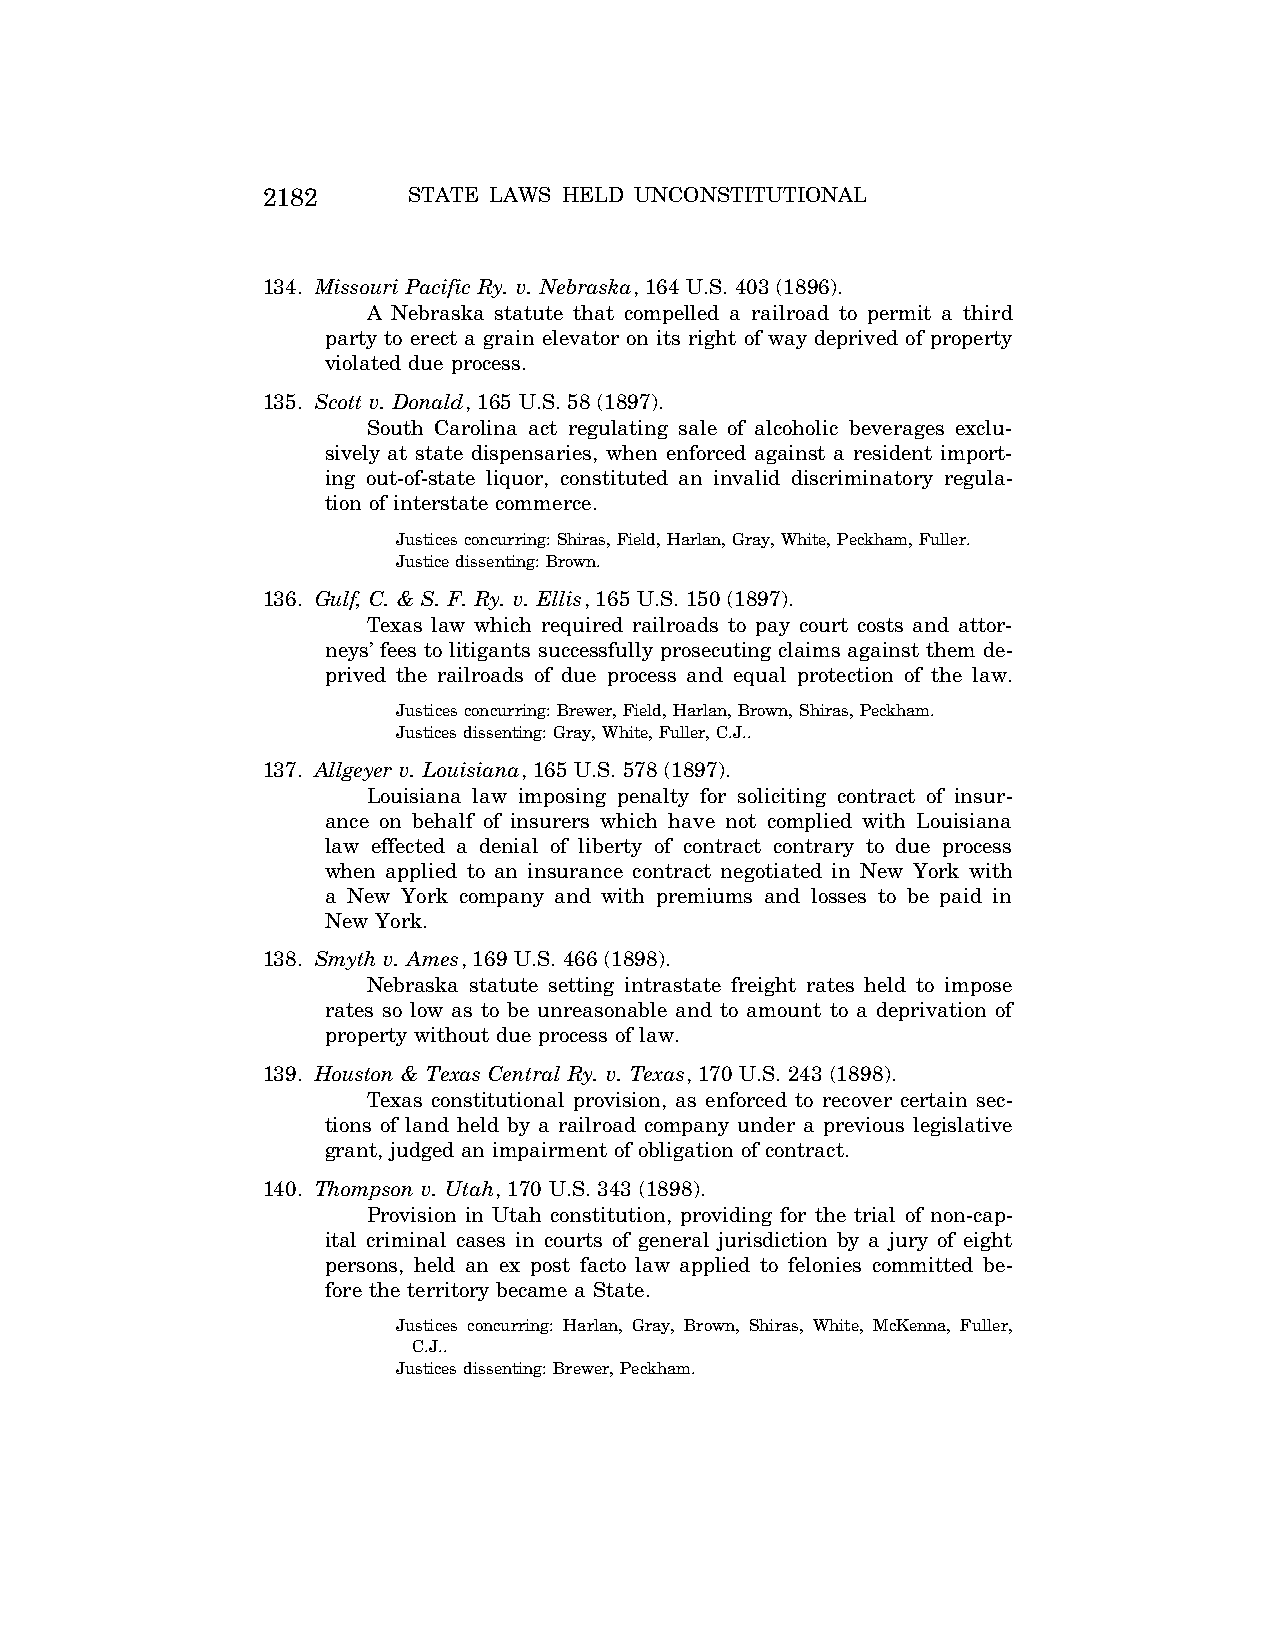
2182      STATE LAWS HELD UNCONSTITUTIONAL
 134. Missouri Pacific Ry. v. Nebraska, 164 U.S. 403 (1896).
 A Nebraska statute that compelled a railroad to permit a third
 party to erect a grain elevator on its right of way deprived of property
 violated due process.
 135. Scott v. Donald, 165 U.S. 58 (1897).
 South Carolina act regulating sale of alcoholic beverages exclu-
 sively at state dispensaries, when enforced against a resident import-
 ing out-of-state liquor, constituted an invalid discriminatory regula-
 tion of interstate commerce.
 Justices concurring: Shiras, Field, Harlan, Gray, White, Peckham, Fuller.
 Justice dissenting: Brown.
 136. Gulf, C. & S. F. Ry. v. Ellis, 165 U.S. 150 (1897).
 Texas law which required railroads to pay court costs and attor-
 neys’ fees to litigants successfully prosecuting claims against them de-
 prived the railroads of due process and equal protection of the law.
 Justices concurring: Brewer, Field, Harlan, Brown, Shiras, Peckham.
 Justices dissenting: Gray, White, Fuller, C.J..
 137. Allgeyer v. Louisiana, 165 U.S. 578 (1897).
 Louisiana law imposing penalty for soliciting contract of insur-
 ance on behalf of insurers which have not complied with Louisiana
 law effected a denial of liberty of contract contrary to due process
 when applied to an insurance contract negotiated in New York with
 a New York company and with premiums and losses to be paid in
 New York.
 138. Smyth v. Ames, 169 U.S. 466 (1898).
 Nebraska statute setting intrastate freight rates held to impose
 rates so low as to be unreasonable and to amount to a deprivation of
 property without due process of law.
 139. Houston & Texas Central Ry. v. Texas, 170 U.S. 243 (1898).
 Texas constitutional provision, as enforced to recover certain sec-
 tions of land held by a railroad company under a previous legislative
 grant, judged an impairment of obligation of contract.
 140. Thompson v. Utah, 170 U.S. 343 (1898).
 Provision in Utah constitution, providing for the trial of non-cap-
 ital criminal cases in courts of general jurisdiction by a jury of eight
 persons, held an ex post facto law applied to felonies committed be-
 fore the territory became a State.
 Justices concurring: Harlan, Gray, Brown, Shiras, White, McKenna, Fuller,
 C.J..
 Justices dissenting: Brewer, Peckham.
 VerDate Aug<04>2004 12:57 Aug 23, 2004 Jkt 077500 PO 00000 Frm 00022 Fmt 8222 Sfmt 8222 C:\CONAN\CON064.SGM PRFM99 PsN: CON064